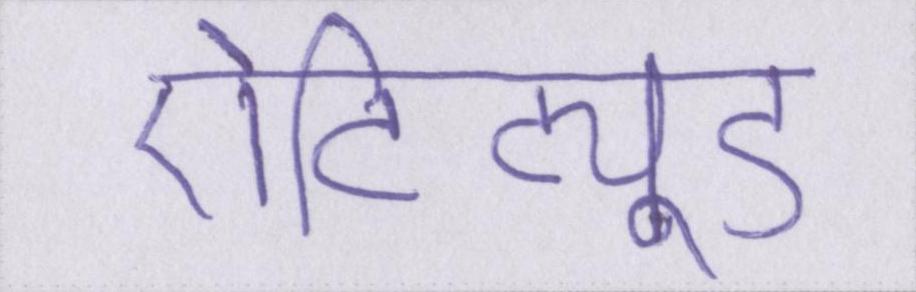
ऐटिट्यूड